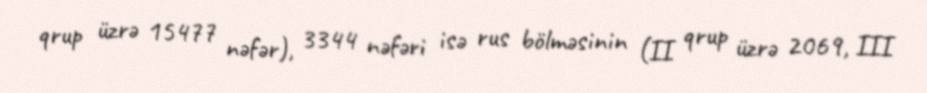
qrup üzrə 15477 nəfər), 3344 nəfəri isə rus bölməsinin (II qrup üzrə 2069, III